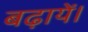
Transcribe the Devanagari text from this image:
बढ़ायें।